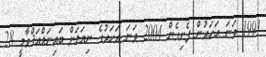
1991 ވަނަ އަހަރުން ފެށިގެން 2004 ވަނަ އަހަރުގެ ނިޔަލަށް ބައިނަލްއަޤްވާމީ 28